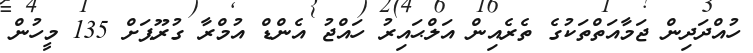
ހުއްދަދިން ޖަމާއަތްތަކުގެ ތެރެއިން އަލްޙައިރު ހައްޖު އެންޑް އުމްރާ ގުރޫޕަށް 135 މީހުން